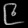
Digit: ၉